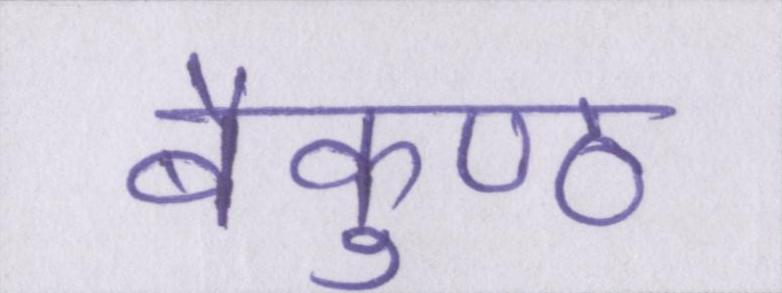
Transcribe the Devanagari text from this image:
बैकुण्ठ